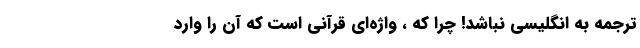
ترجمه به انگلیسی نباشد! چرا که ، واژه‌ای قرآنی است که آن را وارد